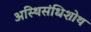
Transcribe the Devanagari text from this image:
अस्थिसंधिशोथ